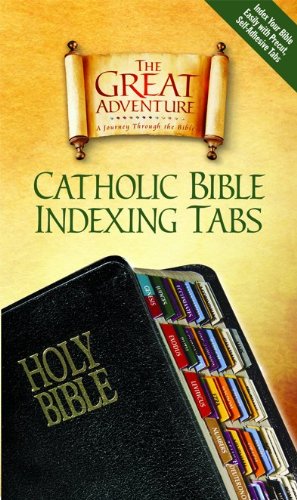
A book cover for Catholic Bible Indexing Tabs Great Adventure; Ascension Press; Christian Books & Bibles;